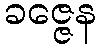
ခဇ္ဇေန